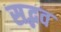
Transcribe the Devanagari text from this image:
सद्भव